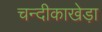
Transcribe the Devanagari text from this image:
चन्दीकाखेड़ा